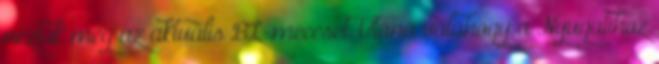
néztük meg az aktuális BL-meccset. Utána valahogy a Nyugatihoz